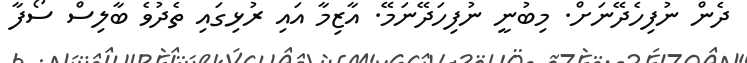
ދެން ނުފިހެދޭނަށް. މިބުނީ ނުފިހަދޭނަމޭ. އާޒިމާ އައި ރުޅިގައި ތެދުވެ ބާލިސް ސޯފާ